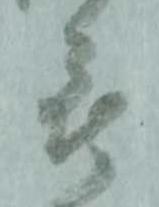
被